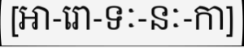
[អា-រោ-ទៈ-នៈ-កា]